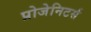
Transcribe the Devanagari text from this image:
प्रोजेनिटर्स